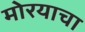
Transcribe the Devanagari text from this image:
मोरयाचा